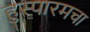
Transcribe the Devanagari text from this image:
हुस्पारमचा